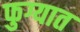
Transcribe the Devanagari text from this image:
फुग्यात